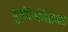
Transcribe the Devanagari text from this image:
दुर्गप्रेमींसोबत